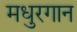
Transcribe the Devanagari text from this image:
मधुरगान